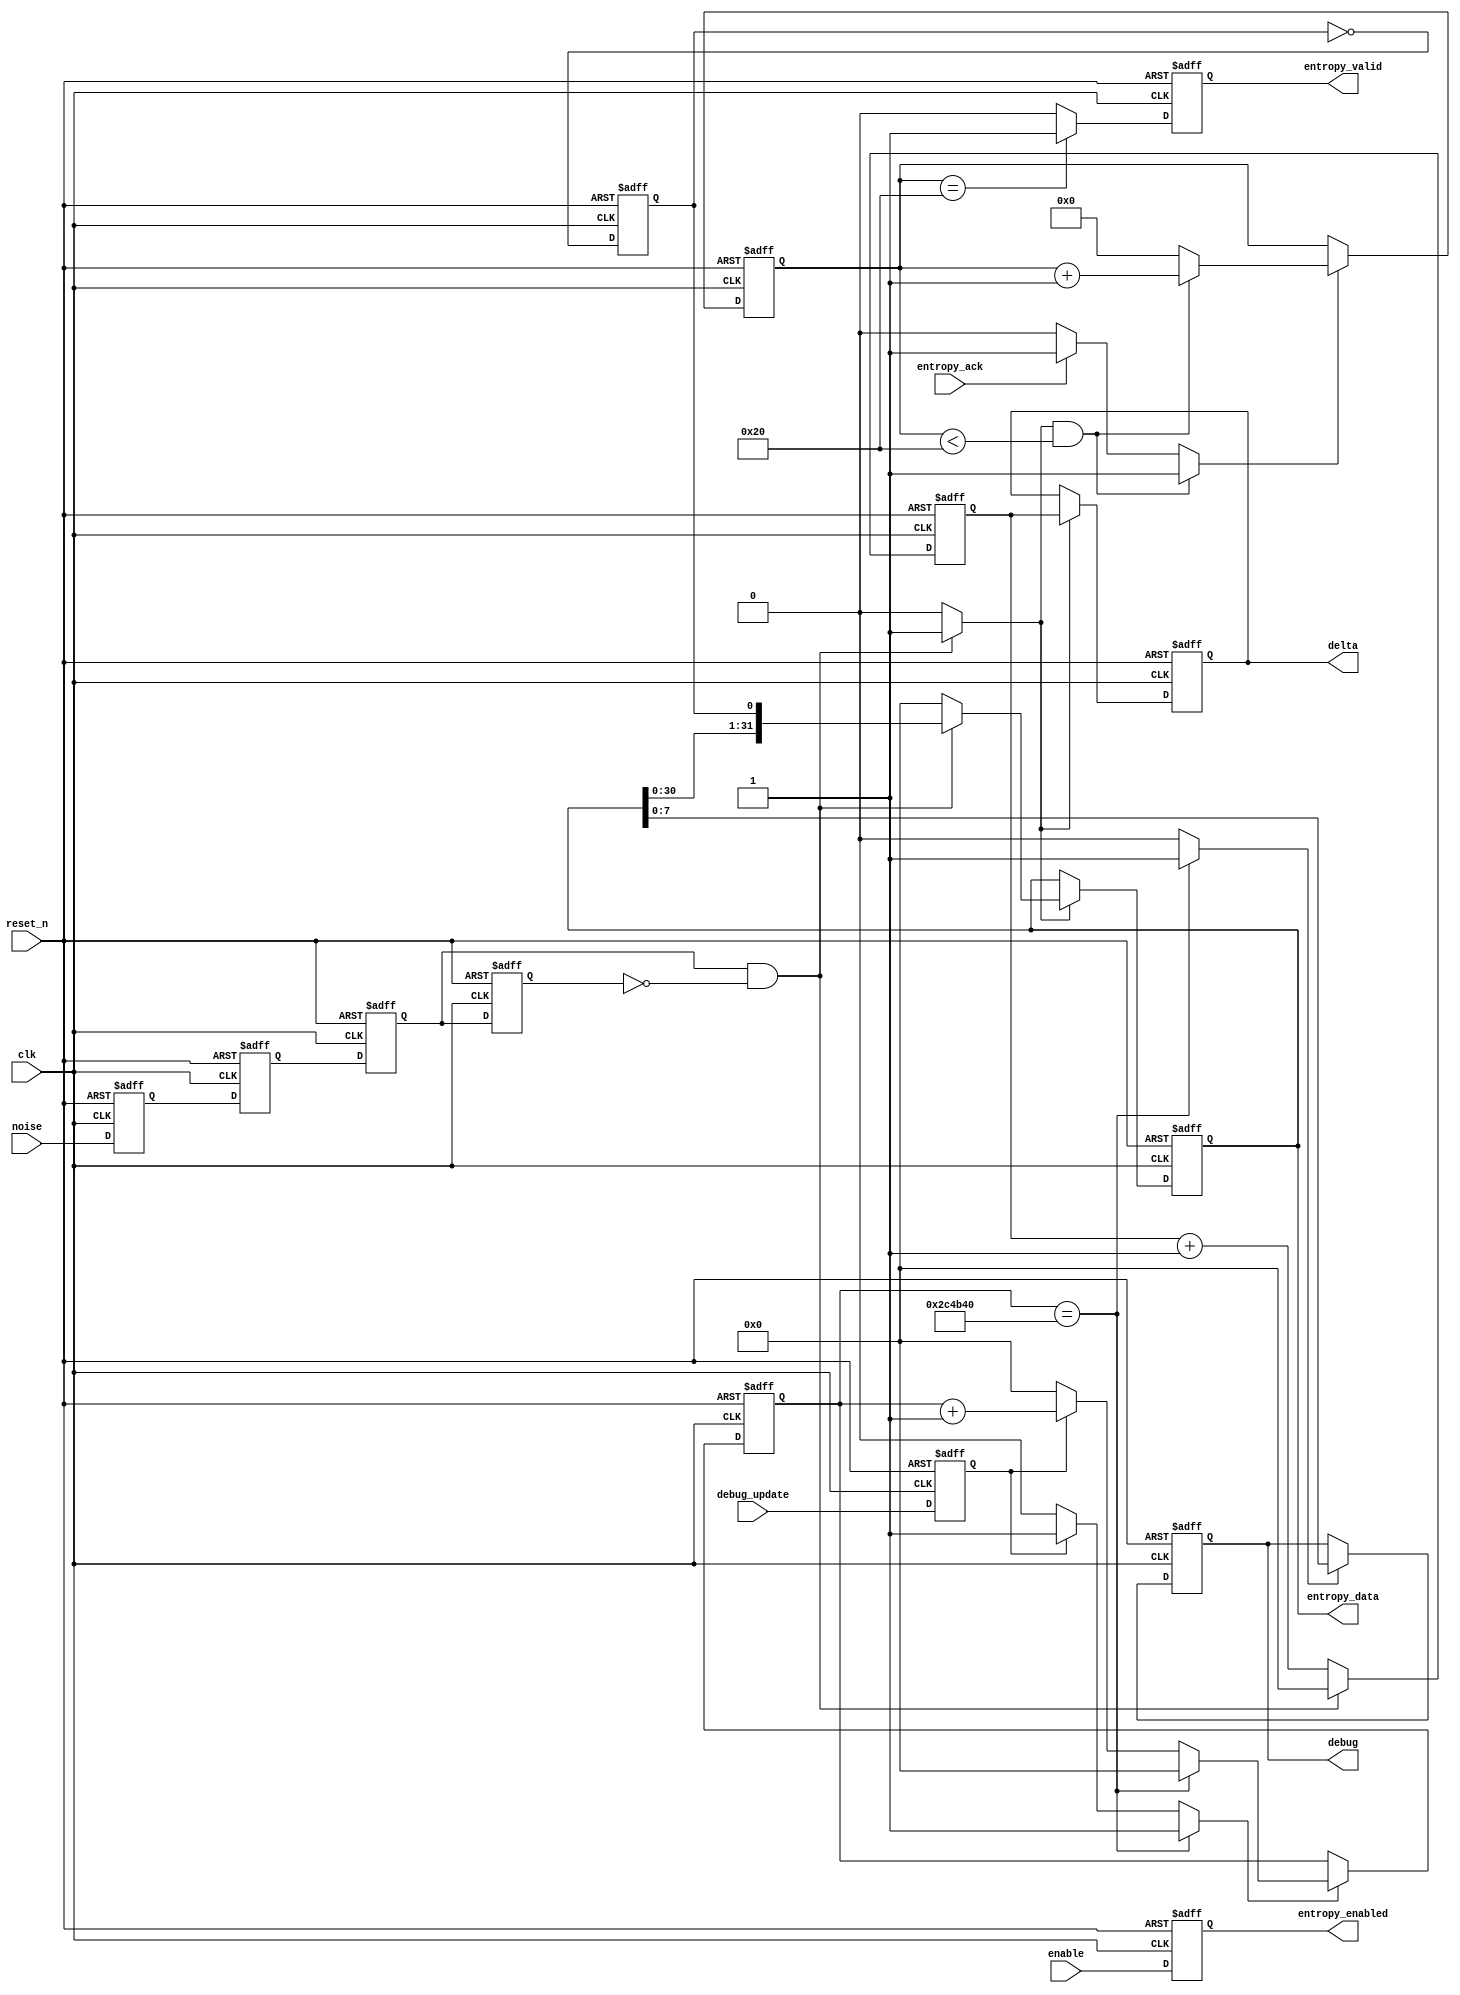
//======================================================================
//
// avalanche_entropy_core.v
// ------------------------
// Core functionality for the entropy provider core based on
// an external avalanche noise based source. (or any other source that
// can toggle a single bit input).
//
// Currently the design consists of a counter running at clock speeed.
// When a positive flank event is detected in the noise source the
// current LSB value of the counter is pushed into a 32bit
// entropy collection shift register.
//
// The core provides functionality to measure the time betwee
// positive flank events counted as number of clock cycles. There
// is also access ports for the collected entropy.
//
// No post-processing is currently performed done on the entropy.
//
//
// Copyright (c) 2014, NORDUnet A/S All rights reserved.
//
// Redistribution and use in source and binary forms, with or without
// modification, are permitted provided that the following conditions are
// met:
// - Redistributions of source code must retain the above copyright notice,
//   this list of conditions and the following disclaimer.
//
// - Redistributions in binary form must reproduce the above copyright
//   notice, this list of conditions and the following disclaimer in the
//   documentation and/or other materials provided with the distribution.
//
// - Neither the name of the NORDUnet nor the names of its contributors may
//   be used to endorse or promote products derived from this software
//   without specific prior written permission.
//
// THIS SOFTWARE IS PROVIDED BY THE COPYRIGHT HOLDERS AND CONTRIBUTORS "AS
// IS" AND ANY EXPRESS OR IMPLIED WARRANTIES, INCLUDING, BUT NOT LIMITED
// TO, THE IMPLIED WARRANTIES OF MERCHANTABILITY AND FITNESS FOR A
// PARTICULAR PURPOSE ARE DISCLAIMED. IN NO EVENT SHALL THE COPYRIGHT
// HOLDER OR CONTRIBUTORS BE LIABLE FOR ANY DIRECT, INDIRECT, INCIDENTAL,
// SPECIAL, EXEMPLARY, OR CONSEQUENTIAL DAMAGES (INCLUDING, BUT NOT LIMITED
// TO, PROCUREMENT OF SUBSTITUTE GOODS OR SERVICES; LOSS OF USE, DATA, OR
// PROFITS; OR BUSINESS INTERRUPTION) HOWEVER CAUSED AND ON ANY THEORY OF
// LIABILITY, WHETHER IN CONTRACT, STRICT LIABILITY, OR TORT (INCLUDING
// NEGLIGENCE OR OTHERWISE) ARISING IN ANY WAY OUT OF THE USE OF THIS
// SOFTWARE, EVEN IF ADVISED OF THE POSSIBILITY OF SUCH DAMAGE.
//
//======================================================================
`timescale 1ns/100ps

module avalanche_entropy_core(
                              input wire           clk,
                              input wire           reset_n,

                              input wire           noise,

                              input wire           enable,

                              output wire          entropy_enabled,
                              output wire [31 : 0] entropy_data,
                              output wire          entropy_valid,
                              input wire           entropy_ack,

                              output wire [31 : 0] delta,

                              output wire [7 : 0]  debug,
                              input wire           debug_update
                             );


  //----------------------------------------------------------------
  // Internal constant and parameter definitions.
  //----------------------------------------------------------------
  parameter DEBUG_DELAY      = 32'h002c4b40;
  parameter MIN_ENTROPY_BITS = 6'h20;


  //----------------------------------------------------------------
  // Registers including update variables and write enable.
  //----------------------------------------------------------------
  reg          noise_sample0_reg;
  reg          noise_sample_reg;

  reg          flank0_reg;
  reg          flank1_reg;

  reg          entropy_bit_reg;

  reg [31 : 0] entropy_reg;
  reg [31 : 0] entropy_new;
  reg          entropy_we;

  reg          entropy_valid_reg;
  reg          entropy_valid_new;

  reg [5 :  0] bit_ctr_reg;
  reg [5 :  0] bit_ctr_new;
  reg          bit_ctr_inc;
  reg          bit_ctr_we;

  reg          enable_reg;

  reg [31 : 0] cycle_ctr_reg;
  reg [31 : 0] cycle_ctr_new;

  reg [31 : 0] delta_reg;
  reg          delta_we;

  reg [31 : 0] debug_delay_ctr_reg;
  reg [31 : 0] debug_delay_ctr_new;
  reg          debug_delay_ctr_we;

  reg [7 : 0]  debug_reg;
  reg          debug_we;

  reg          debug_update_reg;


  //----------------------------------------------------------------
  // Wires.
  //----------------------------------------------------------------


  //----------------------------------------------------------------
  // Concurrent connectivity for ports etc.
  //----------------------------------------------------------------
  assign entropy_valid   = entropy_valid_reg;
  assign entropy_data    = entropy_reg;

  assign delta           = delta_reg;
  assign debug           = debug_reg;
  assign entropy_enabled = enable_reg;


  //----------------------------------------------------------------
  // reg_update
  //----------------------------------------------------------------
  always @ (posedge clk or negedge reset_n)
    begin
      if (!reset_n)
        begin
          noise_sample0_reg   <= 1'b0;
          noise_sample_reg    <= 1'b0;
          flank0_reg          <= 1'b0;
          flank1_reg          <= 1'b0;
          entropy_valid_reg     <= 1'b0;
          entropy_reg         <= 32'h00000000;
          entropy_bit_reg     <= 1'b0;
          bit_ctr_reg         <= 6'h00;
          cycle_ctr_reg       <= 32'h00000000;
          delta_reg           <= 32'h00000000;
          debug_delay_ctr_reg <= 32'h00000000;
          debug_reg           <= 8'h00;
          debug_update_reg    <= 0;
          enable_reg          <= 0;
        end
      else
        begin
          noise_sample0_reg <= noise;
          noise_sample_reg  <= noise_sample0_reg;

          flank0_reg        <= noise_sample_reg;
          flank1_reg        <= flank0_reg;

          entropy_valid_reg <= entropy_valid_new;
          entropy_bit_reg   <= ~entropy_bit_reg;
          cycle_ctr_reg     <= cycle_ctr_new;

          debug_update_reg  <= debug_update;

          enable_reg        <= enable;

          if (delta_we)
            begin
              delta_reg <= cycle_ctr_reg;
            end

          if (bit_ctr_we)
            begin
              bit_ctr_reg <= bit_ctr_new;
            end

          if (entropy_we)
            begin
              entropy_reg <= entropy_new;
            end

          if (debug_delay_ctr_we)
            begin
              debug_delay_ctr_reg <= debug_delay_ctr_new;
            end

          if (debug_we)
            begin
              debug_reg <= entropy_reg[7 : 0];
            end
        end
    end // reg_update


  //----------------------------------------------------------------
  // debug_out
  //
  // Logic that updates the debug port.
  //----------------------------------------------------------------
  always @*
    begin : debug_out
      debug_delay_ctr_new = 32'h00000000;
      debug_delay_ctr_we  = 0;
      debug_we            = 0;

      if (debug_update_reg)
        begin
          debug_delay_ctr_new = debug_delay_ctr_reg + 1'b1;
          debug_delay_ctr_we  = 1;
        end

      if (debug_delay_ctr_reg == DEBUG_DELAY)
        begin
          debug_delay_ctr_new = 32'h00000000;
          debug_delay_ctr_we  = 1;
          debug_we            = 1;
        end
    end


  //----------------------------------------------------------------
  // entropy_collect
  //
  // We collect entropy by adding the current state of the
  // entropy bit register the entropy shift register every time
  // we detect a positive flank in the noise source.
  //----------------------------------------------------------------
  always @*
    begin : entropy_collect
      entropy_new   = 32'h00000000;
      entropy_we    = 1'b0;
      bit_ctr_inc   = 1'b0;

      if ((flank0_reg) && (!flank1_reg))
        begin
          entropy_new   = {entropy_reg[30 : 0], entropy_bit_reg};
          entropy_we    = 1'b1;
          bit_ctr_inc   = 1'b1;
        end
    end // entropy_collect


  //----------------------------------------------------------------
  // delta_logic
  //
  // The logic implements the delta time measuerment system.
  //----------------------------------------------------------------
  always @*
    begin : delta_logic
      cycle_ctr_new      = cycle_ctr_reg + 1'b1;
      delta_we           = 1'b0;

      if ((flank0_reg) && (!flank1_reg))
        begin
          cycle_ctr_new = 32'h00000000;
          delta_we      = 1'b1;
        end
    end // delta_logic


  //----------------------------------------------------------------
  // entropy_ack_logic
  //
  // The logic needed to handle detection that entropy has been
  // read and ensure that we collect more than 32 entropy
  // bits beforeproviding more entropy.
  //----------------------------------------------------------------
  always @*
    begin : entropy_ack_logic
      bit_ctr_new       = 6'h00;
      bit_ctr_we        = 1'b0;
      entropy_valid_new = 1'b0;

      if (bit_ctr_reg == MIN_ENTROPY_BITS)
        begin
          entropy_valid_new = 1'b1;
        end

      if ((bit_ctr_inc) && (bit_ctr_reg < 6'h20))
        begin
          bit_ctr_new = bit_ctr_reg + 1'b1;
          bit_ctr_we  = 1'b1;
        end
      else if (entropy_ack)
        begin
          bit_ctr_new = 6'h00;
          bit_ctr_we  = 1'b1;
        end
      end // entropy_ack_logic

endmodule // avalanche_entropy_core

//======================================================================
// EOF avalanche_entropy_core.v
//======================================================================